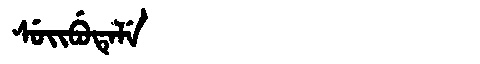
Manchu: ᠰᡠᡳᠪᡠᡨᡝᠯᡝ
Romanization: SUIBUTELE